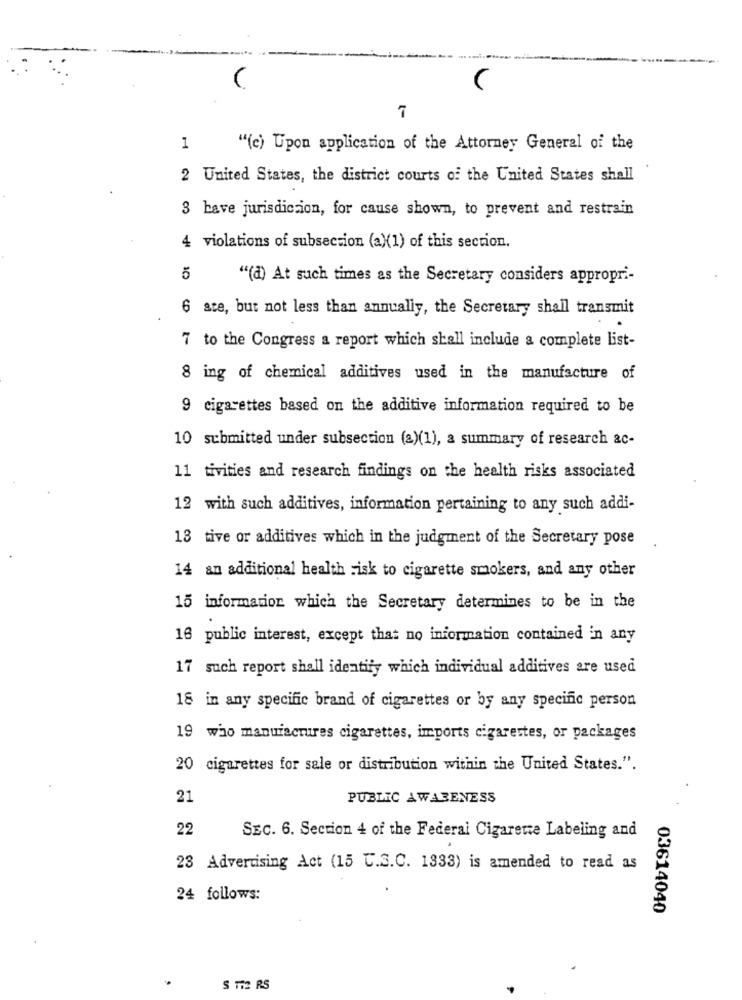
7
1
"(c) Upon application of the Attorney General of the
2 United States, the district courts of the United States shall
3 have jurisdicion, for cause shown, to prevent and restrain
4 violations of subsection (a)(1) of this section.
5
"(d) At such times as the Secretary considers appropri-
6 ate, but not less than annually, the Secretary shall transmit
7 to the Congress a report which shall include a complete list-
8 ing of chemical additives used in the manufacture of
9 cigarettes based on the additive information required to be
10 submitted under subsection (2)(1), a summary of research ac-
11 tivities and research findings on the health risks associated
12 with such additives, information pertaining to any such addi-
18 tive or additives which in the judgment of the Secretary pose
14 an additional health risk to cigarette smokers, and any other
15 information which the Secretary determines to be in the
16 public interest, except that no information contained in any
17 such report shall identify which individual additives are used
18 in any specific brand of cigarettes or by any specific person
19 who manufactures cigarettes, imports cigarettes, or packages
20 cigarettes for sale or distribution within the United States.".
21
PUBLIC AWARENESS
22
SEC. 6. Section 4 of the Federal Cigarette Labeling and
23 Advertising Act (15 C.S.C. 1333) is amended to read as
24 follows:
03614040
S 112 RS